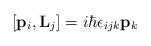
LaTeX: \begin{align*}[{\bf{p}}_i,{\bf{L}}_j] = i\hbar \epsilon_{ijk} {\bf{p}}_k\end{align*}